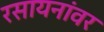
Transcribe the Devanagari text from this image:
रसायनांवर